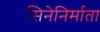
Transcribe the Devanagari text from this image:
सिनेनिर्माता